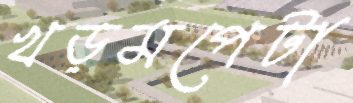
খড়মপেটা